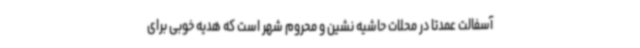
آسفالت عمدتا در محلات حاشیه نشین و محروم شهر است که هدیه خوبی برای